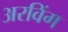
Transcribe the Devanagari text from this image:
अरविंग